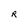
Character: R